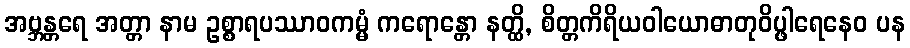
အဗ္ဘန္တရေ အတ္တာ နာမ ဥစ္စာရပဿာဝကမ္မံ ကရောန္တော နတ္ထိ, စိတ္တကိရိယဝါယောဓာတုဝိပ္ဖါရေနေဝ ပန